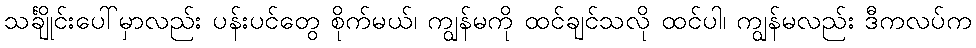
သင်္ချိုင်းပေါ်မှာလည်း ပန်းပင်တွေ စိုက်မယ်၊ ကျွန်မကို ထင်ချင်သလို ထင်ပါ၊ ကျွန်မလည်း ဒီကလပ်က